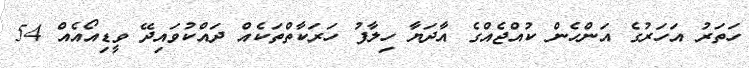
ހަތަރު އަހަރުގެ އަންހެން ކުއްޖެއްގެ އާދަޔާ ހިލާފު ހަރަކާތްތަކެއް ދައްކުވައިދޭ ވީޑިއޯއެއް 54